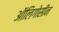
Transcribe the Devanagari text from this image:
ऑलिगोसीन